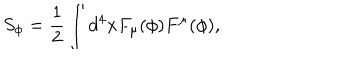
LaTeX: S _ { \phi } = \frac { 1 } { 2 } \int d ^ { 4 } x F _ { \mu } ( \phi ) F ^ { \mu } ( \phi ) ,